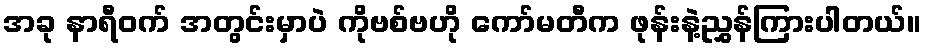
အခု နာရီဝက် အတွင်းမှာပဲ ကိုဗစ်ဗဟို ကော်မတီက ဖုန်းနဲ့ညွှန်ကြားပါတယ်။